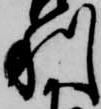
利